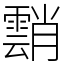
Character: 䨭